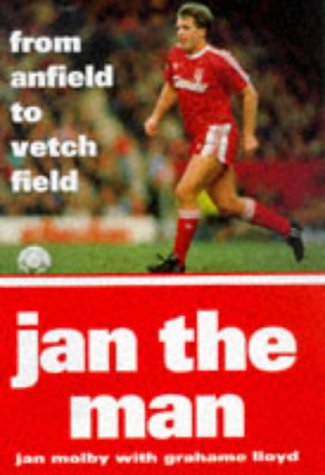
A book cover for Jan the Man: From Anfield to Vetch Field; Jan Molby; Biographies & Memoirs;